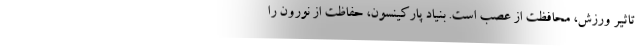
تاثیر ورزش، محافظت از عصب است. بنیاد پارکینسون، حفاظت از نورون را